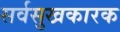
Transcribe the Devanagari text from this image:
सर्वसुखकारक